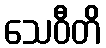
သေဝီတိ